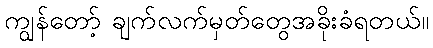
ကျွန်တော့် ချက်လက်မှတ်တွေအခိုးခံရတယ်။